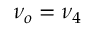
\nu _ { o } = \nu _ { 4 }